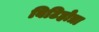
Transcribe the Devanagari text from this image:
बिटिहोत्रा